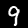
Label: 9